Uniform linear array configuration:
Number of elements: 4
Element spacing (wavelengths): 1
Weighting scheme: blackman
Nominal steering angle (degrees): -15
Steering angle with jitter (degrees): -15.487
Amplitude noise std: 0.05
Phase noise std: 0.05

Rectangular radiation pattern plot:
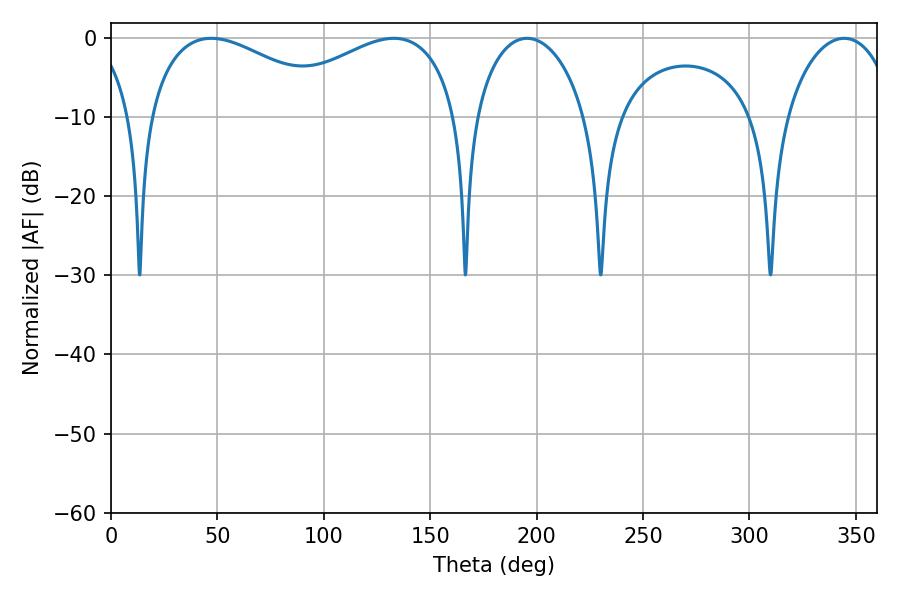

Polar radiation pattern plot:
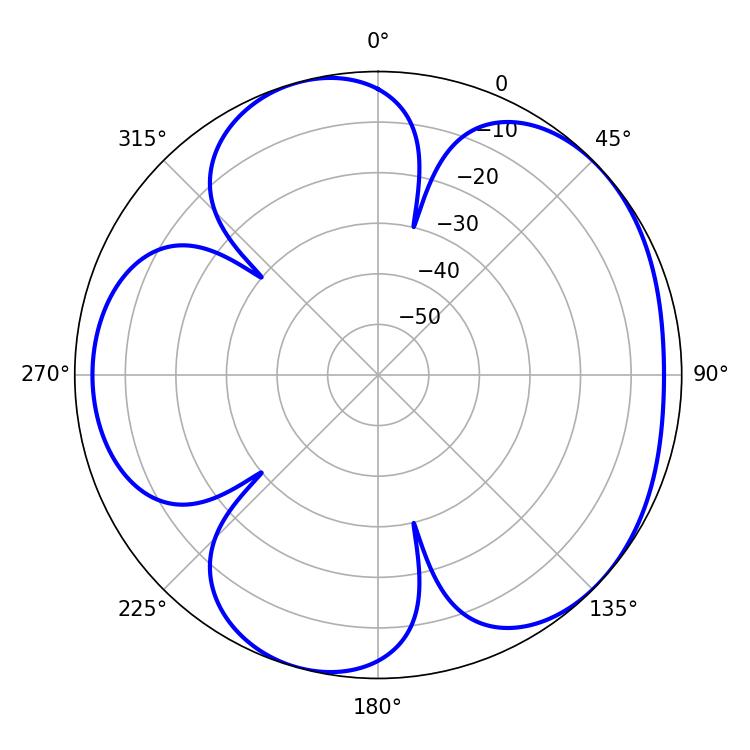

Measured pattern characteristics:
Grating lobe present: TRUE
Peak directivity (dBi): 4.798
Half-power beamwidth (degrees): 30.06
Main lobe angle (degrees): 195.48